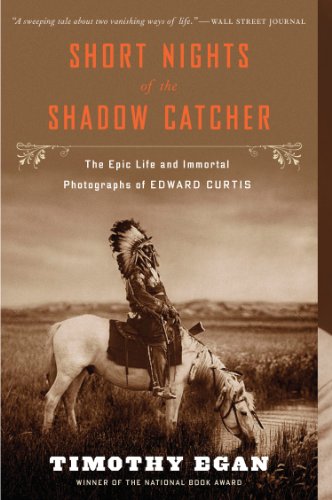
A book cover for Short Nights of the Shadow Catcher: The Epic Life and Immortal Photographs of Edward Curtis; Timothy Egan; Biographies & Memoirs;